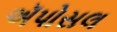
ઍપોસલ